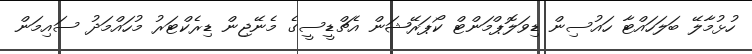
ހުޅުމާލޭ ބަލަހައްޓާ ހައުސިން ޑިވަލޮޕްމަންޓް ކޯޕަރޭޝަން އެޗްޑީސީގެ މެނޭޖިން ޑިރެކްޓަރު މުހައްމަދު ސައިމަން